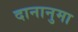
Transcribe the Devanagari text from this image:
दानानुमा